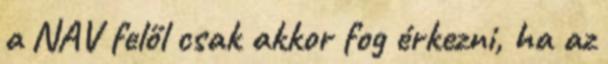
a NAV felől csak akkor fog érkezni, ha az